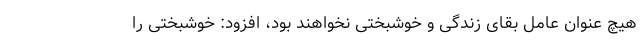
هیچ عنوان عامل بقای زندگی و خوشبختی نخواهند بود، افزود: خوشبختی را